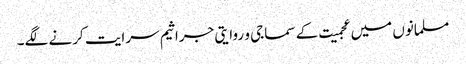
مسلمانوں میں عجمیت کے سماجی و روایتی جراثیم سرایت کرنے لگے۔